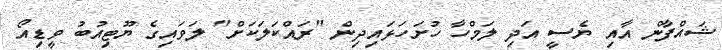
ޝައްފާން އާއި ޔެސީ އަދި ލަމްހާ ހުށަހަޅައިދިން "ރައްކަލަކަށް" ލަވައިގެ ޔޫޓިއުބު ވީޑިއޯ